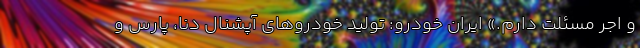
و اجر مسئلت دارم.» ایران خودرو: تولید خودروهای آپشنال دنا، پارس و